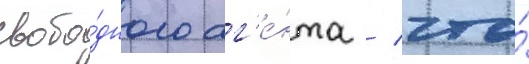
свобо́дного аг'е́нта / что́